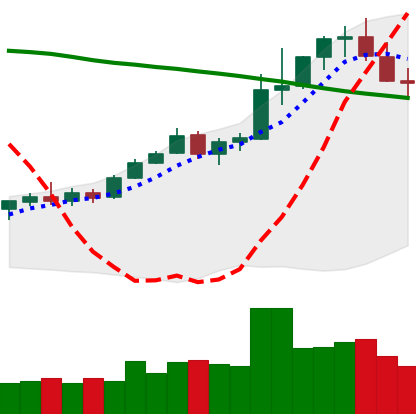
Ticker: TRX-USD
Chart end date: 2021-08-18
Forward return: 6.111%
Label: up_5_7